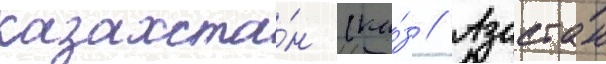
казахста́н (ка́з // Азастан